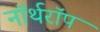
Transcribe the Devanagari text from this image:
नॉर्थरॉप